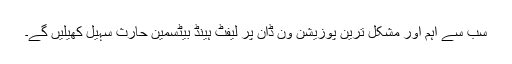
سب سے اہم اور مشکل ترین پوزیشن ون ڈان پر لیفٹ ہینڈ بیٹسمین حارث سہیل کھیلیں گے۔